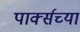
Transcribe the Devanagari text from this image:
पार्क्सच्या